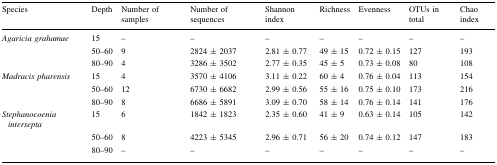
<table><thead><tr><td><b>Species</b></td><td><b>Depth</b></td><td><b>Number of samples</b></td><td><b>Number of sequences</b></td><td><b>Shannon index</b></td><td><b>Richness</b></td><td><b>Evenness</b></td><td><b>OTUs in total</b></td><td><b>Chao index</b></td></tr></thead><tbody><tr><td><i>Agaricia grahamae</i></td><td>15</td><td>–</td><td>–</td><td>–</td><td>–</td><td>–</td><td>–</td><td>–</td></tr><tr><td></td><td>50–60</td><td>9</td><td>2824 ± 2037</td><td>2.81 ± 0.77</td><td>49 ± 15</td><td>0.72 ± 0.15</td><td>127</td><td>193</td></tr><tr><td></td><td>80–90</td><td>4</td><td>3286 ± 3502</td><td>2.77 ± 0.35</td><td>45 ± 5</td><td>0.73 ± 0.08</td><td>80</td><td>108</td></tr><tr><td><i>Madracis pharensis</i></td><td>15</td><td>4</td><td>3570 ± 4106</td><td>3.11 ± 0.22</td><td>60 ± 4</td><td>0.76 ± 0.04</td><td>113</td><td>154</td></tr><tr><td></td><td>50–60</td><td>12</td><td>6730 ± 6682</td><td>2.99 ± 0.56</td><td>55 ± 16</td><td>0.75 ± 0.10</td><td>173</td><td>216</td></tr><tr><td></td><td>80–90</td><td>8</td><td>6686 ± 5891</td><td>3.09 ± 0.70</td><td>58 ± 14</td><td>0.76 ± 0.14</td><td>141</td><td>176</td></tr><tr><td><i>Stephanocoenia intersepta</i></td><td>15</td><td>6</td><td>1842 ± 1823</td><td>2.35 ± 0.60</td><td>41 ± 9</td><td>0.63 ± 0.14</td><td>105</td><td>142</td></tr><tr><td></td><td>50–60</td><td>8</td><td>4223 ± 5345</td><td>2.96 ± 0.71</td><td>56 ± 20</td><td>0.74 ± 0.12</td><td>147</td><td>183</td></tr><tr><td></td><td>80–90</td><td>–</td><td>–</td><td>–</td><td>–</td><td>–</td><td>–</td><td>–</td></tr></tbody></table>